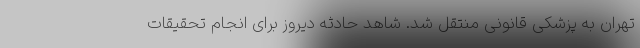
تهران به پزشکی قانونی منتقل شد. شاهد حادثه دیروز برای انجام تحقیقات